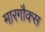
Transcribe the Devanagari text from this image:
मारगौक्स